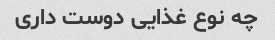
چه نوع غذایی دوست داری